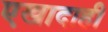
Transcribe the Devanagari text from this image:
एखादाही